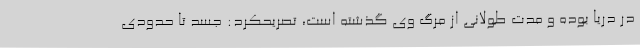
در دریا بوده و مدت طولانی از مرگ وی گذشته است، تصریحکرد: جسد تا حدودی